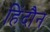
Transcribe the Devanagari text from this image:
हिंदौन